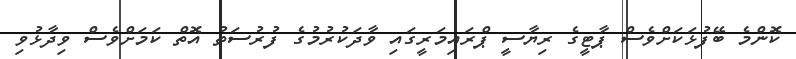
ކޮންމެ ބޭފުޅަކަށްވެސް ޕާޓީގެ ރިޔާސީ ޕްރައިމަރީގައި ވާދަކުރުމުގެ ފުރުސަތު އޮތް ކަމަށްވެސް ވިދާޅުވި